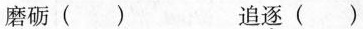
磨砺( ) 追逐( )